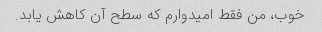
خوب، من فقط امیدوارم که سطح آن کاهش یابد.